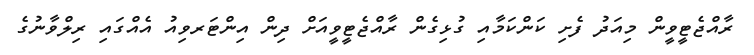
ރާއްޖެޓީވީން މިއަދު ފެށި ކަންކަމާއި ގުޅިގެން ރާއްޖެޓީވީއަށް ދިން އިންޓަރވިއު އެއްގައި ރިލްވާނުގެ